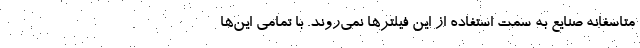
متاسفانه صنایع به سمت استفاده از این فیلترها نمی‌روند. با تمامی این‌ها